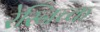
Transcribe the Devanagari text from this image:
रेस्निच्क